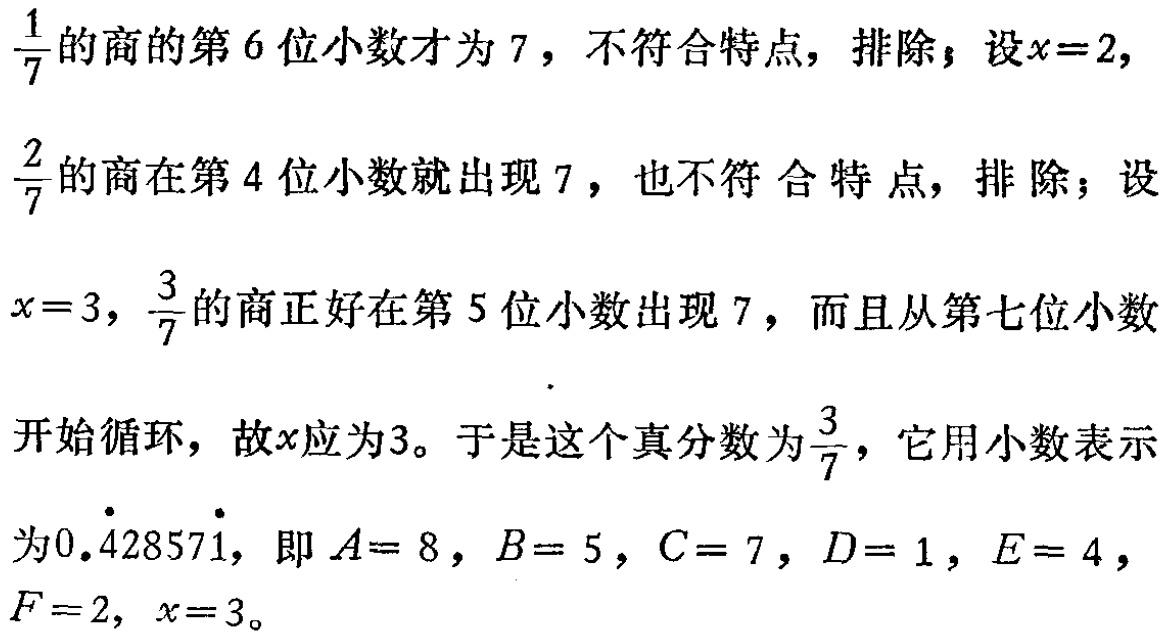
$\frac{1}{7}$的商的第$6$位小数才为$7$，不符合特点，排除；设$x = 2$，

$\frac{2}{7}$的商在第$4$位小数就出现$7$，也不符合特点，排除；设

$x = 3$，$\frac{3}{7}$的商正好在第$5$位小数出现$7$，而且从第七位小数

开始循环，故$x$应为$3$。于是这个真分数为$\frac{3}{7}$，它用小数表示

为$0.\dot{4}2857\dot{1}$，即$A = 8$，$B = 5$，$C = 7$，$D = 1$，$E = 4$，

$F = 2$，$x = 3$。